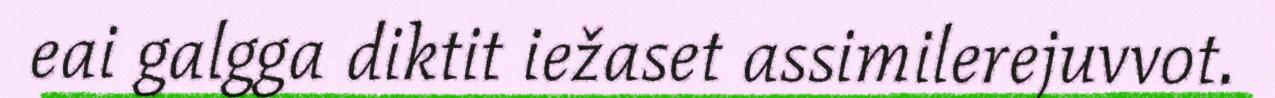
eai galgga diktit iežaset assimilerejuvvot.